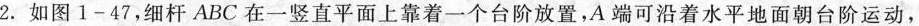
2.如图1-47，细杆ABC在一竖直平面上靠着一个台阶放置，A端可沿着水平地面朝台阶运动，